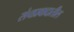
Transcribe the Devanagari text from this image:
संचप्रवादातील